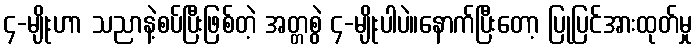
၄-မျိုးဟာ သညာနဲ့စပ်ပြီးဖြစ်တဲ့ အတ္တစွဲ ၄-မျိုးပါပဲ။နောက်ပြီးတော့ ပြုပြင်အားထုတ်မှု